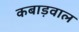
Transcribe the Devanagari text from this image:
कबाड़वाल